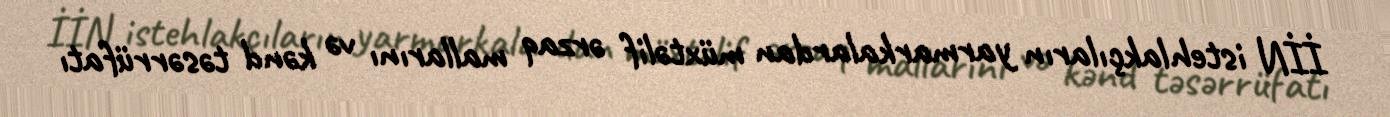
İİN istehlakçıların yarmarkalardan müxtəlif ərzaq mallarını və kənd təsərrüfatı